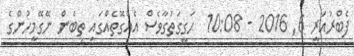
ފެބްރުއަރީ 6